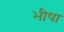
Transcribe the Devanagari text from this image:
भीषा